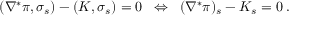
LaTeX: ( \nabla ^ { \ast } \pi , \sigma _ { s } ) - ( K , \sigma _ { s } ) = 0 \; \; \Leftrightarrow \; \; ( \nabla ^ { \ast } \pi ) _ { s } - K _ { s } = 0 \; .